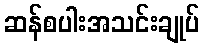
ဆန်စပါးအသင်းချုပ်